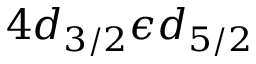
4 d _ { 3 / 2 } \epsilon d _ { 5 / 2 }